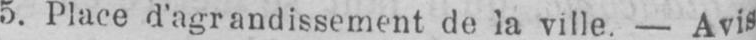
5. Place d’agrandissement de la ville. - Avis